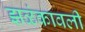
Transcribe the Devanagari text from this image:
झळंकावली